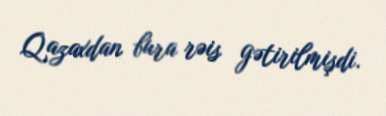
Qazaxdan bura rəis gətirilmişdi.